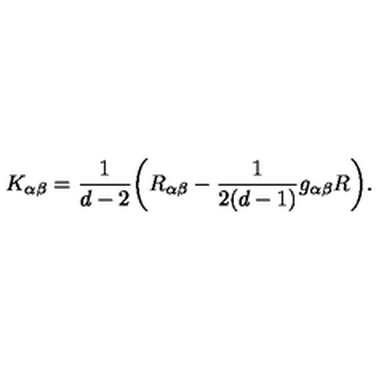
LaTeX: K _ { \alpha \beta } = \frac { 1 } { d - 2 } \bigg ( R _ { \alpha \beta } - \frac { 1 } { 2 ( d - 1 ) } g _ { \alpha \beta } R \bigg ) .